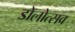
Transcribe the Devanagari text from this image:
डोलोत्सव